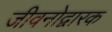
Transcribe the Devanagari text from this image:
जीवनोद्वारक